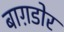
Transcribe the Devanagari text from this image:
बाग़डोर